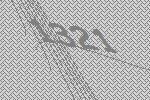
1321